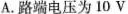
A.路端电压为10V